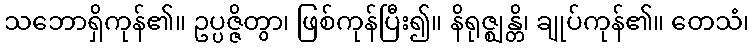
သဘောရှိကုန်၏။ ဥပ္ပဇ္ဇိတွာ၊ ဖြစ်ကုန်ပြီး၍။ နိရုဇ္ဈန္တိ၊ ချုပ်ကုန်၏။ တေသံ၊